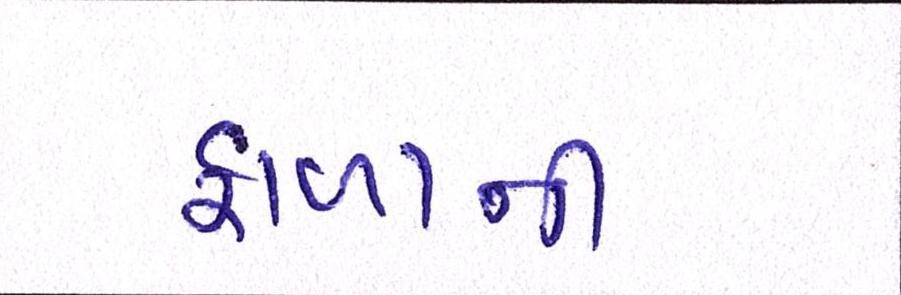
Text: ફાળાની